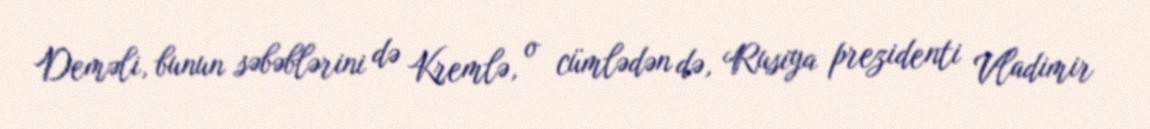
Deməli, bunun səbəblərini də Kremlə, o cümlədən də, Rusiya prezidenti Vladimir